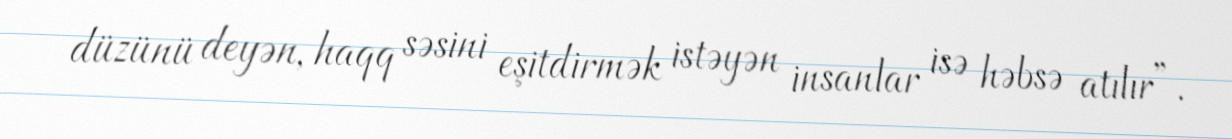
düzünü deyən, haqq səsini eşitdirmək istəyən insanlar isə həbsə atılır”.